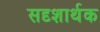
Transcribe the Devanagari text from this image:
सदृशार्थक